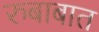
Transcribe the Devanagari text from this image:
रुबाबात